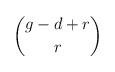
LaTeX: \begin{align*}\binom{g-d+r}{r}\end{align*}